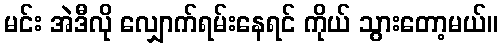
မင်း အဲဒီလို လျှောက်ရမ်းနေရင် ကိုယ် သွားတော့မယ်။